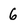
Character: 6